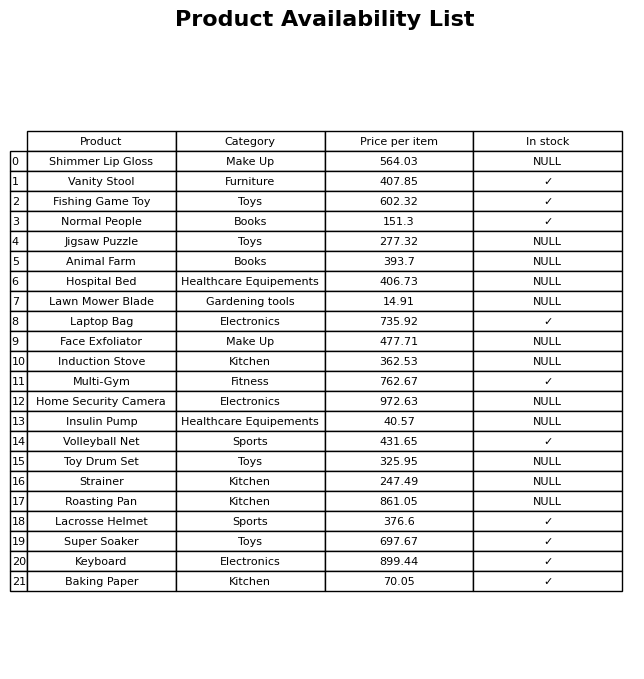
question: What is the price for Roasting Pan?
answer: The price of Roasting Pan is 861.05.